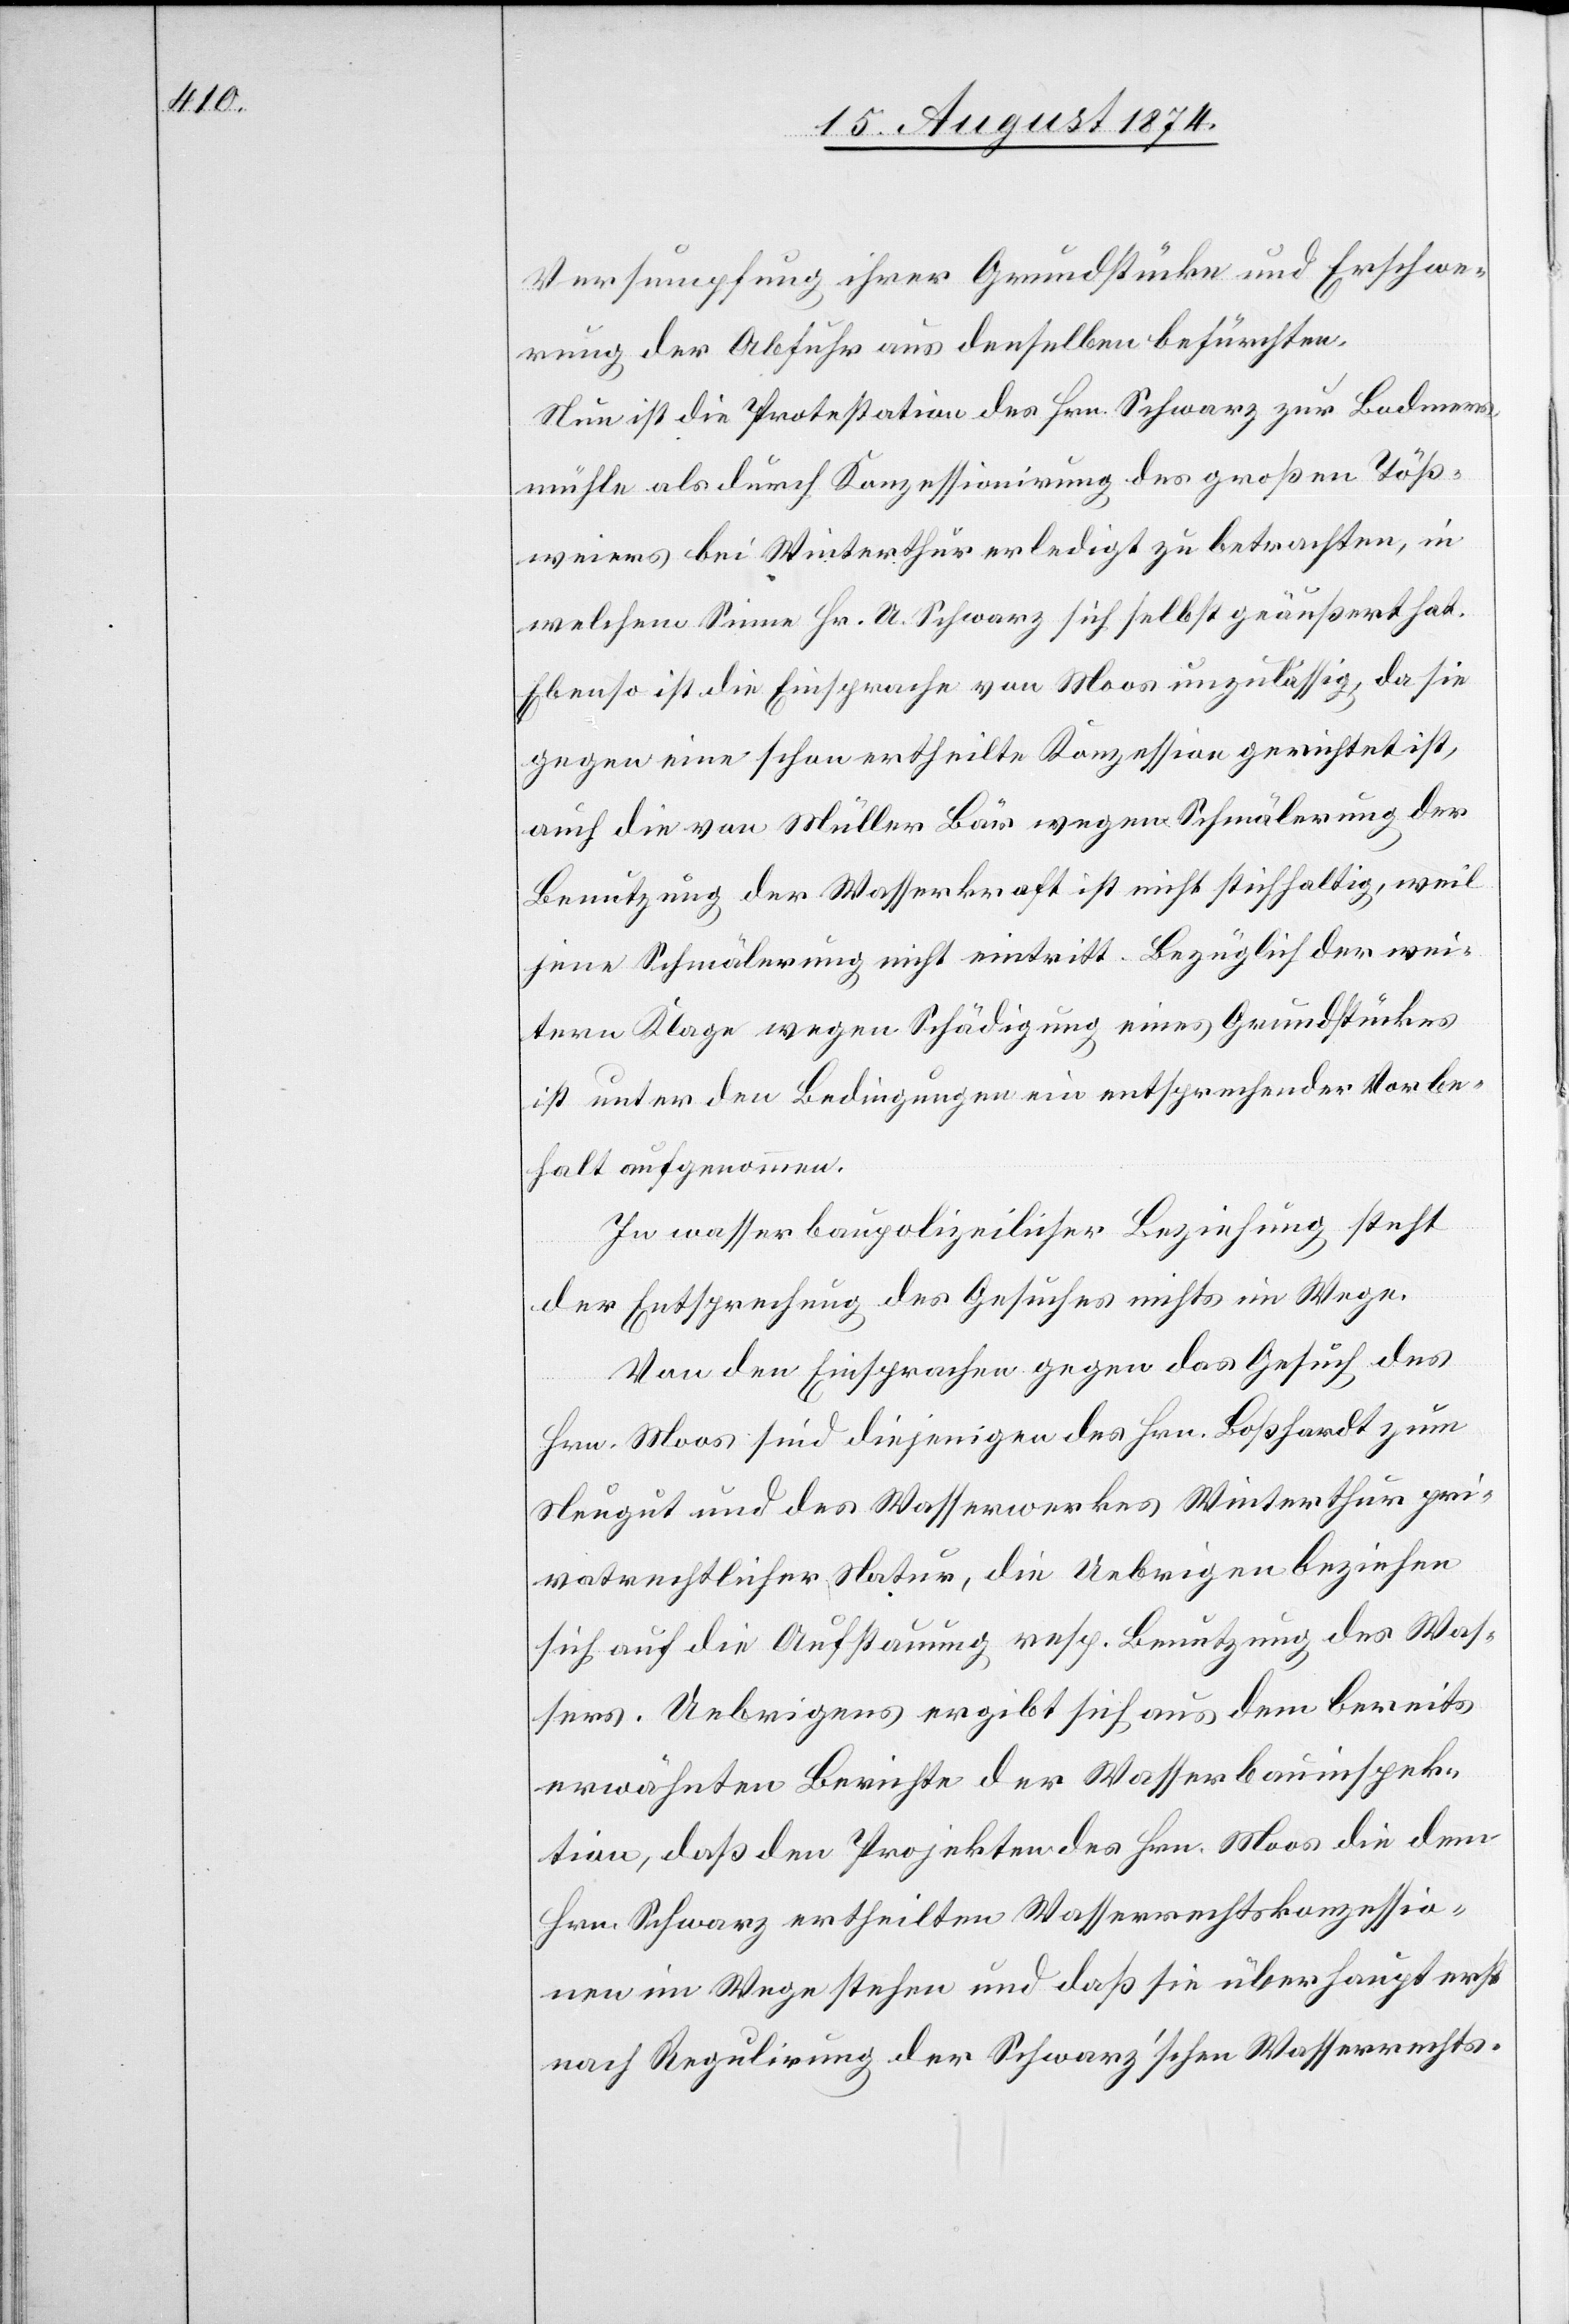
Versumpfung ihrer Grundstücke und Erschwe¬
rung der Abfuhr aus denselben befürchten.
Nun ist die Protestation des Hrn. Schwarz zur Bodmers¬
mühle als durch Konzessionirung des großen Töß¬
weiers bei Winterthur erledigt zu betrachten, in
welchem Sinne Hr. U. Schwarz sich selbst geäußert hat.
Ebenso ist die Einsprache von Moos unzulässig, da sie
gegen eine schon ertheilte Konzession gerichtet ist,
auch die von Müller Bär wegen Schmälerung der
Benutzung der Wasserkraft ist nicht stichhaltig, weil
jene Schmälerung nicht eintritt. Bezüglich der wei¬
tern Klage wegen Schädigung eines Grundstückes
ist unter den Bedingungen ein entsprechender Vorbe¬
halt aufgenommen.
In wasserbaupolizeilicher Beziehung steht
der Entsprechung des Gesuches nichts im Wege.
Von den Einsprachen gegen das Gesuch des
Hrn. Moos sind diejenigen des Hrn. Boßhardt zum
Neugut und des Wasserwerkes Winterthur pri¬
vatrechtlicher Natur, die Uebrigen beziehen
sich auf die Aufstauung resp. Benutzung des Was¬
sers. Uebrigens ergibt sich aus dem bereits
erwähnten Berichte der Wasserbauinspek¬
tion, daß den Projekten des Hrn. Moos die dem
Hrn. Schwarz ertheilten Wasserrechtskonzessio¬
nen im Wege stehen und daß sie überhaupt erst
nach Regulirung der Schwarz’schen Wasserrechts-